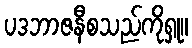
ပဒဘာဇနီစသည်ကိုရှု။